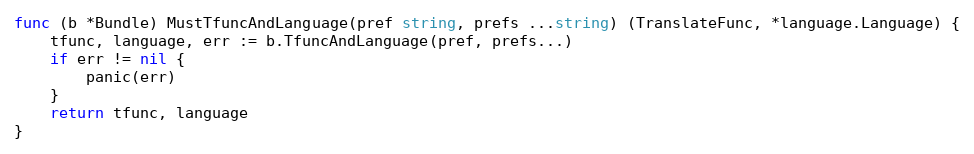
Language: Go
func (b *Bundle) MustTfuncAndLanguage(pref string, prefs ...string) (TranslateFunc, *language.Language) {
	tfunc, language, err := b.TfuncAndLanguage(pref, prefs...)
	if err != nil {
		panic(err)
	}
	return tfunc, language
}